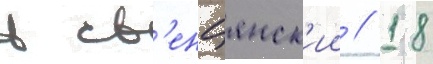
в св'енцянск'ии // 18